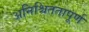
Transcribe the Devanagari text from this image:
अनिश्चिततापूर्ण